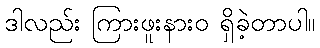
ဒါလည်း ကြားဖူးနားဝ ရှိခဲ့တာပါ။